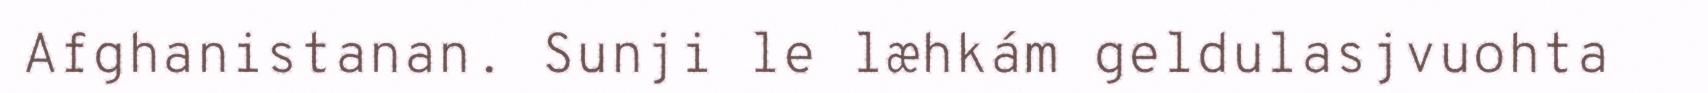
Afghanistanan. Sunji le læhkám geldulasjvuohta